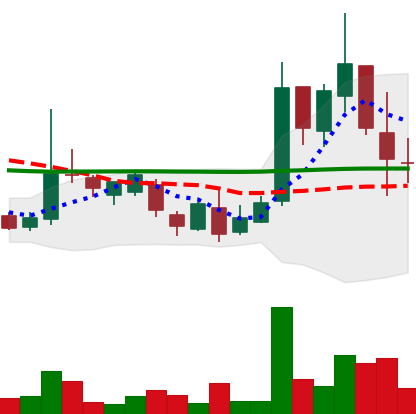
Ticker: LTC-USD
Chart end date: 2017-03-19
Forward return: 3.224%
Label: up_3_5